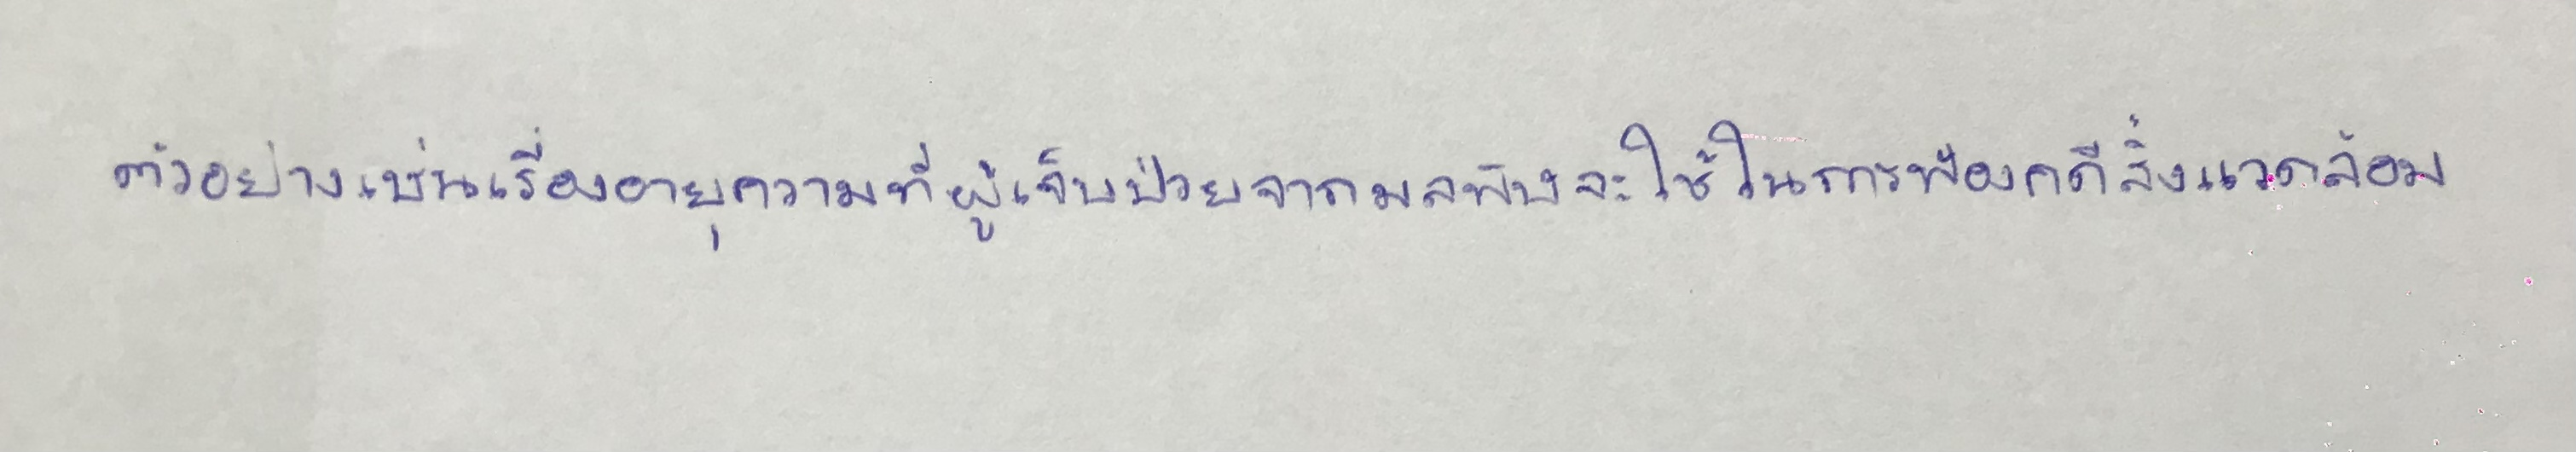
ตัวอย่างเช่นเรื่องอายุความที่ผู้เจ็บป่วยจากมลพิษจะใช้ในการฟ้องคดีสิ่งแวดล้อม